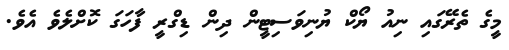
މީގެ ތެރޭގައި ނިއު ޔޯކް ޔުނިވަސިޓީން ދިން ޑިގްރީ ފާހަގަ ކޮށްލެވެ އެވެ.